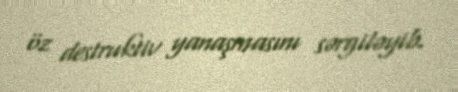
öz destruktiv yanaşmasını sərgiləyib.